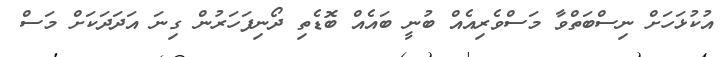
އުކުޅަހަށް ނިސްބަތްވާ މަސްވެރިއެއް ބުނީ ބައެއް ބޮޑެތި ދޯނިފަހަރުން ގިނަ އަދަދަކަށް މަސް